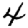
Digit: 4